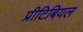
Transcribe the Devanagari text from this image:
प्रीटिबियल